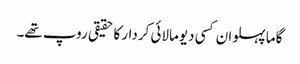
گاما پہلوان کسی دیومالائی کردار کا حقیقی روپ تھے۔